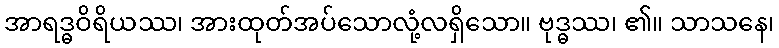
အာရဒ္ဓဝိရိယဿ၊ အားထုတ်အပ်သောလုံ့လရှိသော။ ဗုဒ္ဓဿ၊ ၏။ သာသနေ၊